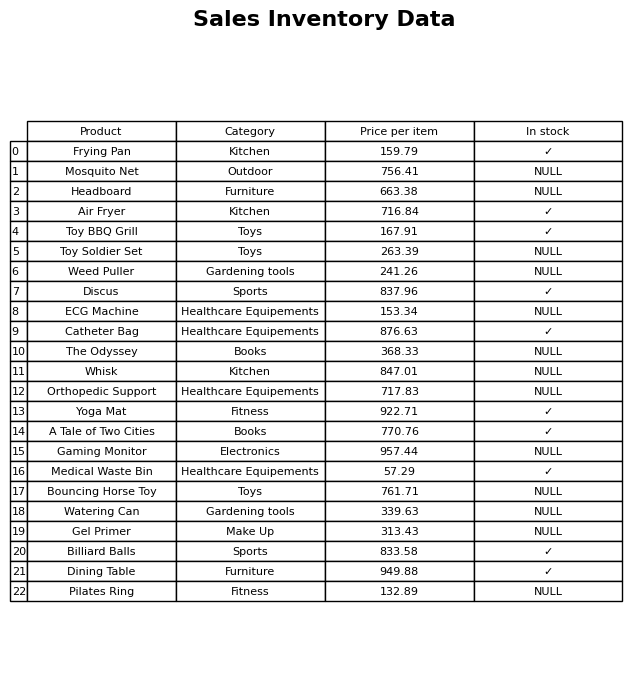
question: What category does the The Odyssey belong to?
answer: Books